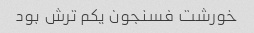
خورشت فسنجون یکم ترش بود